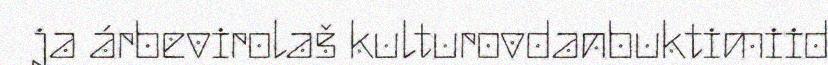
ja árbevirolaš kulturovdanbuktimiid